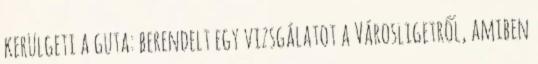
kerülgeti a guta: berendelt egy vizsgálatot a Városligetről, amiben